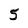
Character: 5